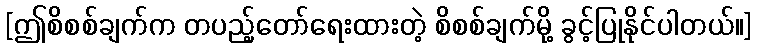
[ဤစိစစ်ချက်က တပည့်တော်ရေးထားတဲ့ စိစစ်ချက်မို့ ခွင့်ပြုနိုင်ပါတယ်။]